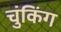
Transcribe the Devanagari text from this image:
चुंकिंग